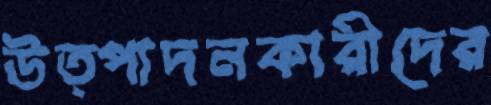
উত্পাদনকারীদের